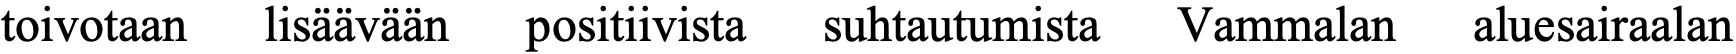
toivotaan lisäävään positiivista suhtautumista Vammalan aluesairaalan